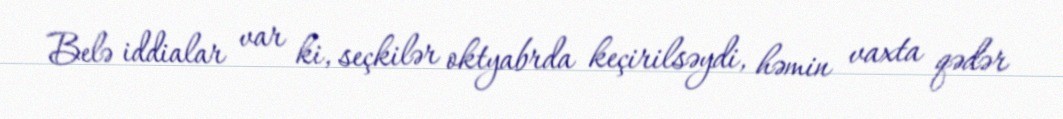
Belə iddialar var ki, seçkilər oktyabrda keçirilsəydi, həmin vaxta qədər